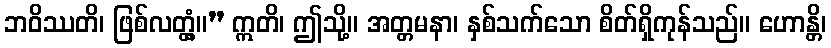
ဘဝိဿတိ၊ ဖြစ်လတ္တံ့။” ဣတိ၊ ဤသို့။ အတ္တမနာ၊ နှစ်သက်သော စိတ်ရှိကုန်သည်။ ဟောန္တိ၊